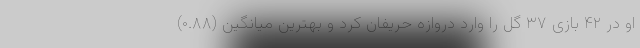
او در ۴۲ بازی ۳۷ گل را وارد دروازه حریفان کرد و بهترین میانگین (۰.۸۸)